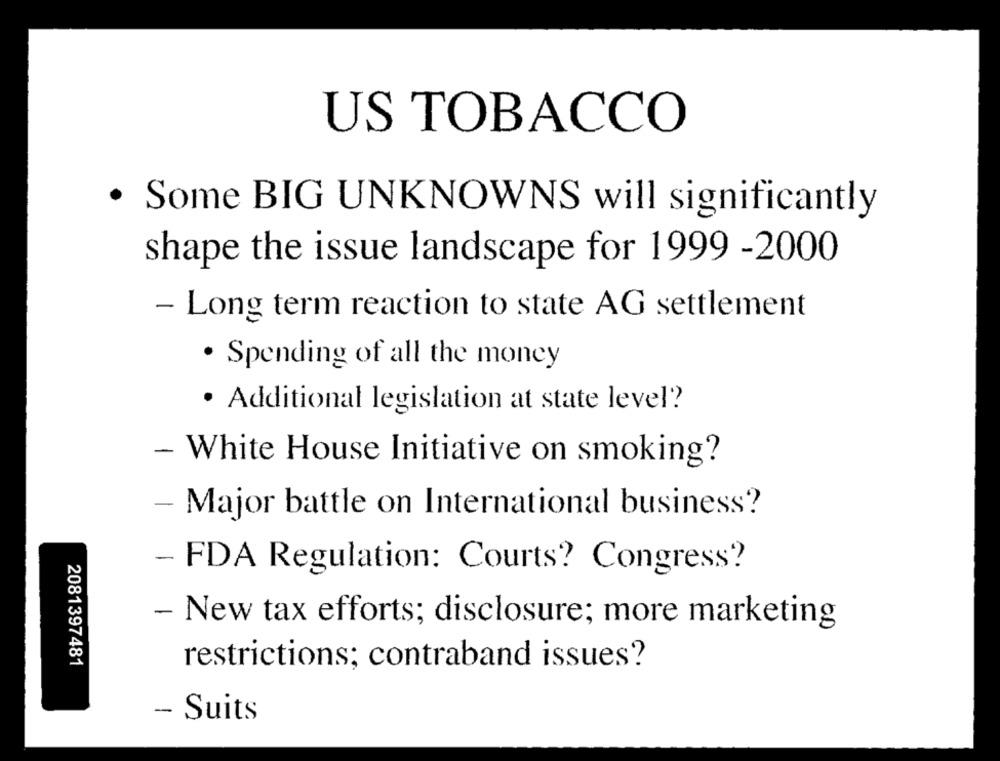
US TOBACCO
· Some BIG UNKNOWNS will significantly
shape the issue landscape for 1999 -2000
- Long term reaction to state AG settlement
· Spending of all the money
· Additional legislation at state level?
- White House Initiative on smoking?
- Major battle on International business?
- FDA Regulation: Courts? Congress?
- New tax efforts; disclosure; more marketing
2081397481
restrictions; contraband issues?
- Suits